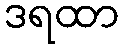
ဒရထာ